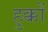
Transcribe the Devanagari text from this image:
हुक्कों